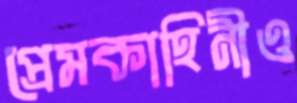
প্রেমকাহিনীও